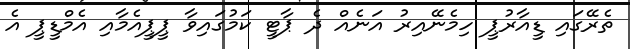
ތެރޭގައި ޑީއާރުޕީ ހިމެނޭއިރު އަނެއް ދެ ޕާޓީ ކަމުގައިވާ ޕީޕީއެމާއި އެމްޑީޕީ އެ